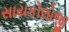
સાયકોલોજી